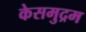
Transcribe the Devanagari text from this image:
केसमुद्रम